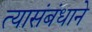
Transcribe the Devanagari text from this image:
त्यासंबंधाने